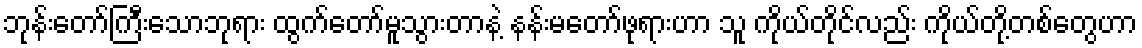
ဘုန်းတော်ကြီးသောဘုရား ထွက်တော်မူသွားတာနဲ့ နန်းမတော်ဖုရားဟာ သူ ကိုယ်တိုင်လည်း ကိုယ်တို့တစ်တွေဟာ